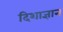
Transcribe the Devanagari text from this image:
दिशाज्ञान